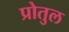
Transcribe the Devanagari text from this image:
प्रोतुल